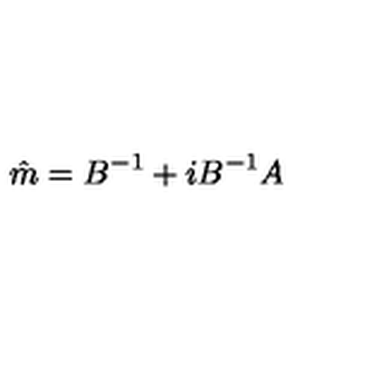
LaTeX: \hat { m } = B ^ { - 1 } + i B ^ { - 1 } A